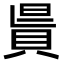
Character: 𧵯